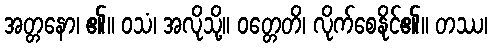
အတ္တနော၊ ၏။ ဝသံ၊ အလိုသို့။ ဝတ္တေတိ၊ လိုက်စေနိုင်၏။ တဿ၊